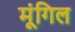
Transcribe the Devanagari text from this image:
मूंगिल